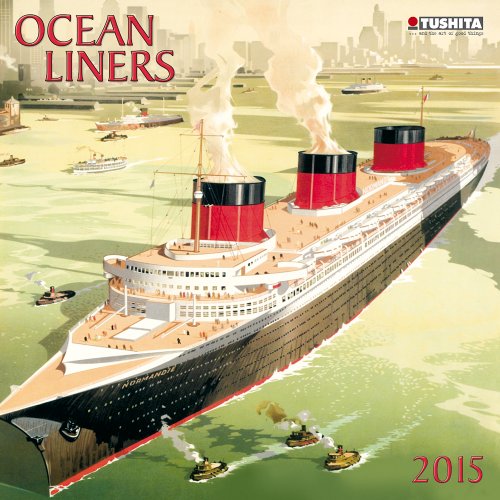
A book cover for Oceanliners (Media Illustration); Tushita Publishing; Calendars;